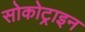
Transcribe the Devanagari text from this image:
सोकोट्राइन